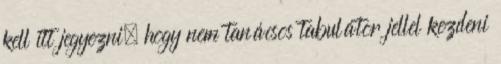
kell itt jegyezni, hogy nem tanácsos tabulátor jellel kezdeni